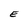
Character: E